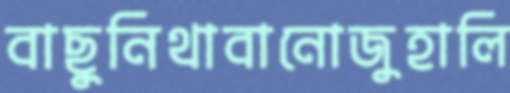
বাছুনিথাবানোজুহালি